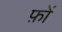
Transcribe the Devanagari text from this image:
फ़ों